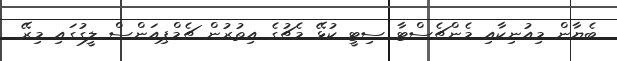
ބެޔާން މިއުނިކާއި މެންޗެސްޓާ ސިޓީ ކުޅޭ މެޗުގެ އިތުރުން ޗެމްޕިއަންސް ލީގުގައި މިރޭ